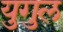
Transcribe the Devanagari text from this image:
युगुल